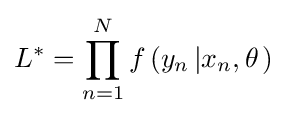
L^{*}=\prod _{n=1}^{N}{f\left({y_{n}\left|{x_{n},\theta }\right.}\right)}